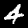
Digit: 4